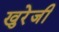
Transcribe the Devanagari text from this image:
खुरेजी